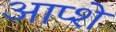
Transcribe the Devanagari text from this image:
आप्शे